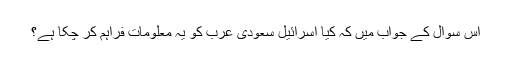
اس سوال کے جواب میں کہ کیا اسرائیل سعودی عرب کو یہ معلومات فراہم کر چکا ہے؟